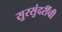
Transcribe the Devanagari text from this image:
सुरसुंदरींची